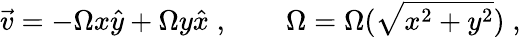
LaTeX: \vec{v}=-{\Omega}x\hat{y}+{\Omega}y\hat{x}\; ,\qquad{\Omega}={\Omega}(\sqrt{x^{2}+y^{2}})\; ,